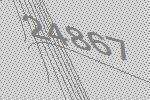
24867